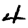
Digit: 4